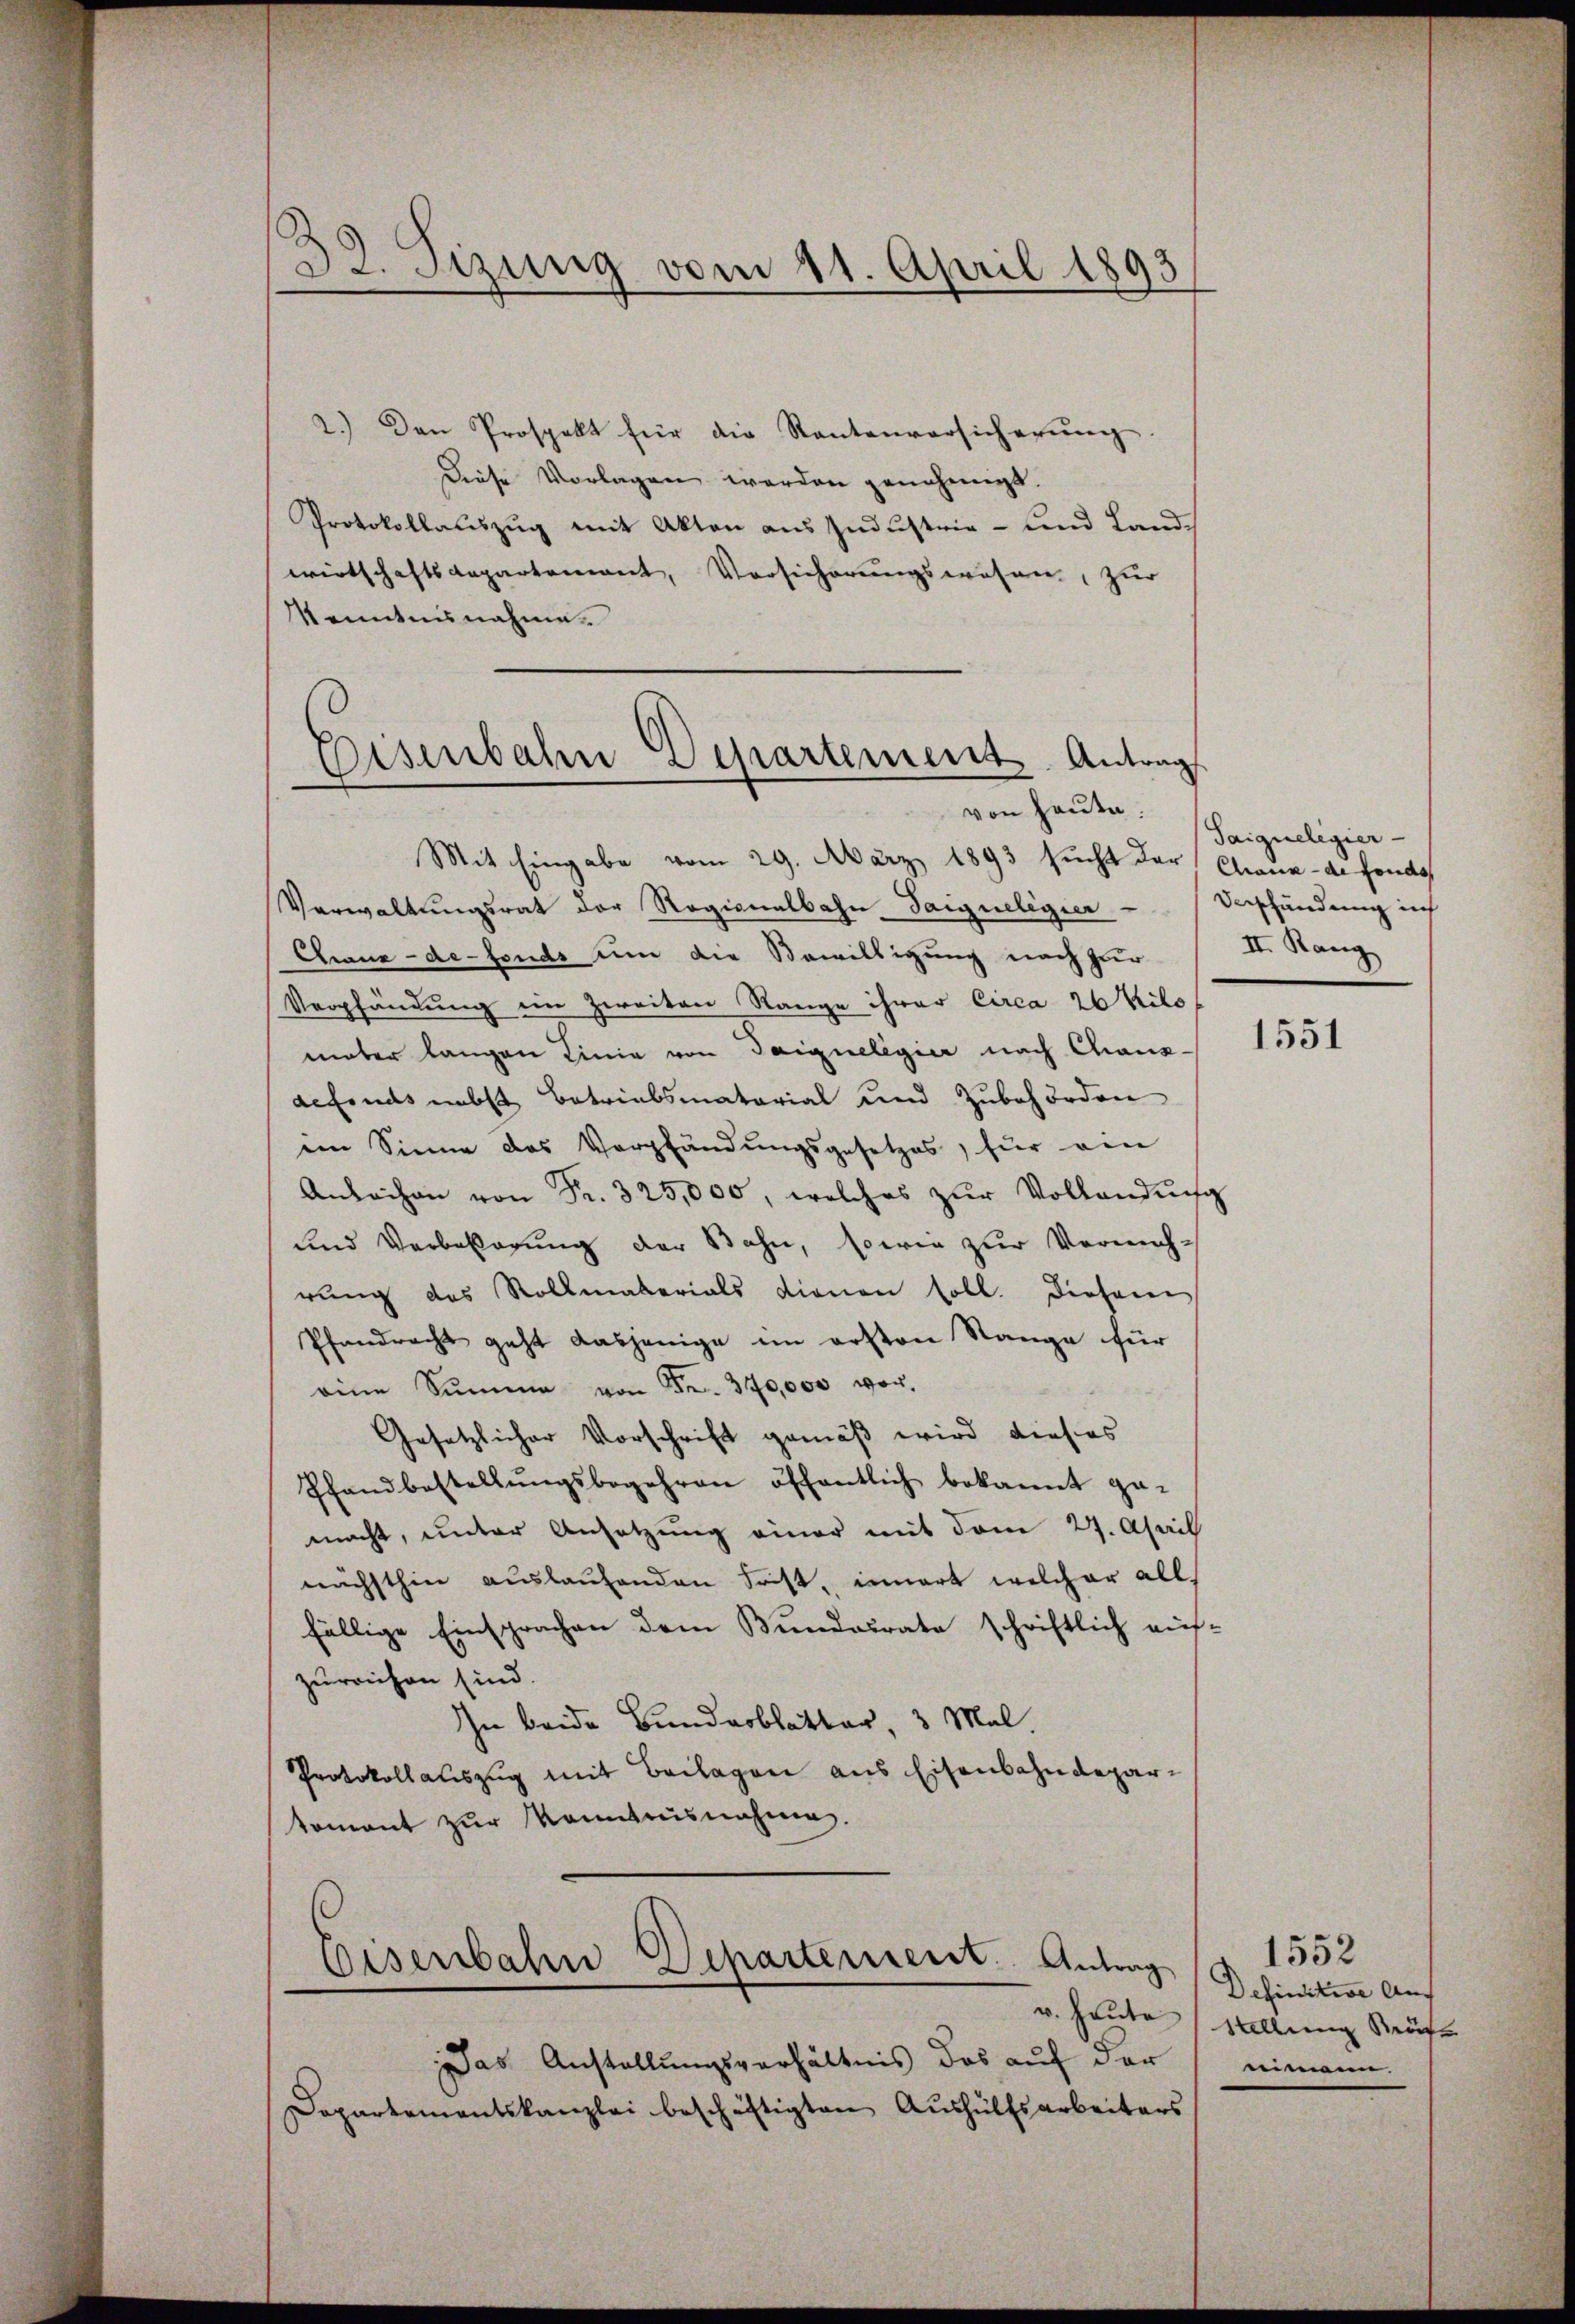
32. Sizung vom 11. April 1893

2.) Den Prospekt für die Rentenversicherŭng.
Diese Vorlagen werden genehmigt.
Protokollauszug mit Akten aus Industrie- und Land
wirtschaftsdepartement, Versicherungswesen, zur
Kenntnisnahme.
Mit Eingabe vom 29. März 1893 sucht der Grunde fonds¬
Verwaltungsrat der Ragionalbahn Saigueligier          Verschändung in
Chaux-de-Fonds um die Bewilligung nach zur
Verpfändung im Zweiten Range ihrer Circa 20 Kilo
meter langen Linie von Gaignelegier nach Chausdefonds nebst Betriebsmatarial und Zubehörden
ein Sinne des Verpfändungsgesetzes, für ein
Anbachen von Fr. 325,000, welches zŭr Vollandung
und Verbesserung der Bahn, sowie zur Vermehrung des Rollmaterials dienen soll. Diesem
Pfandrecht geht dasjenige im ersten Stange für
eine Summe von Fr. 370,000 vor.
Gesetzlicher Vorschrift gemäß wird dieses
Pfandbestellŭngsbegehren öffentlich bekannt ge-
macht, unter Ansetzung einer mit dem 27. April
nächsthin auslaufenden Frist, innert welcher allfällige Einsprachen dem Bundesrate schriftlich auf-
zureichen sind.
In beide Bundesblatter, 3 Mal
Protokollauszug mit Beilagen aus Eisenbahndepartoment zur Kenntnisnahmen.
Eisenbahn Departement. Antrag

Eisenbahn Departement Antrag
von Hause.

Taiguelegier
II. Rang

Das Anstellungsverhältnis das auf der
Departementskanzlei beschäftigten Aushülfsarbeiters

1551

1552
Definitive Auf
v. Heute stellung Sträfe
nimen.